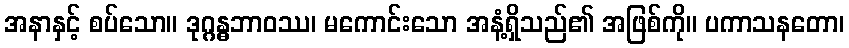
အနာနှင့် စပ်သော။ ဒုဂ္ဂန္ဓဘာဝဿ၊ မကောင်းသော အနံ့ရှိသည်၏ အဖြစ်ကို။ ပကာသနတော၊